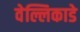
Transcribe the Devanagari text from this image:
वेल्लिकाडे